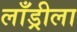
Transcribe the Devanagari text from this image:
लाँड्रीला